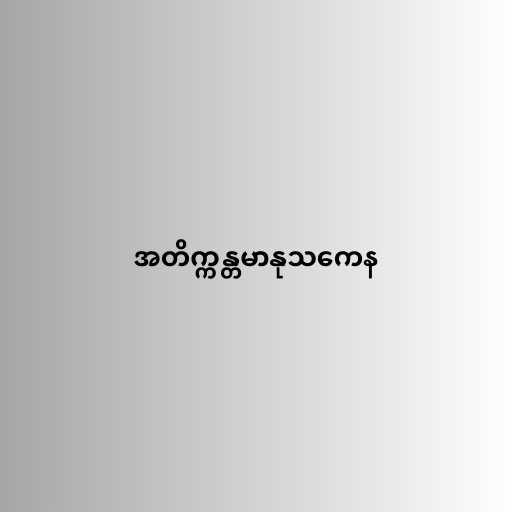
အတိက္ကန္တမာနုသကေန